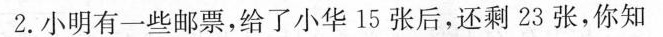
2.小明有一些邮票，给了小华15张后，还剩23张，你知